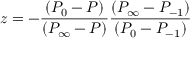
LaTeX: z = - \frac { ( P _ { 0 } - P ) } { ( P _ { \infty } - P ) } \frac { ( P _ { \infty } - P _ { - 1 } ) } { ( P _ { 0 } - P _ { - 1 } ) }